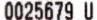
0025679 U